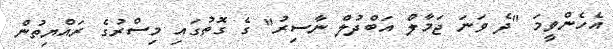
އެހެންވީމަ "ދެ ވަނަ ޖަމާލް އަބްދުލް ނާސިރު" ގެ ގޮތުގައި މިސްރުގެ ރައްޔިތުން